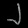
Digit: ၂